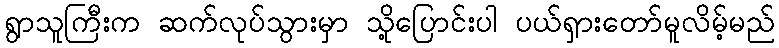
ရွာသူကြီးက ဆက်လုပ်သွားမှာ သို့ပြောင်းပါ ပယ်ရှားတော်မူလိမ့်မည်